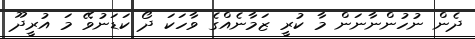
ދެން ނުހުންނާނަން މާ ކުރީ ޒަމާނެއްގެ ވާހަކަ ދޯ ކަޑަނުވޭ މަ އުރީދޫ